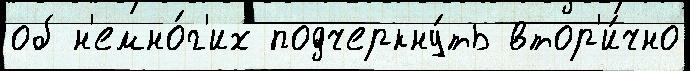
об н'емно́г'их подчеркну́ть втор'и́чно